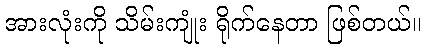
အားလုံးကို သိမ်းကျုံး ရိုက်နေတာ ဖြစ်တယ်။